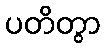
ပတိတွာ